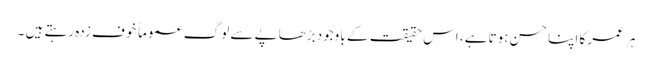
ہر عمر کا اپنا حسن ہوتا ہے، اس حقیقت کے باوجود بڑھاپے سے لوگ عموماً خوف زدہ رہتے ہیں ۔